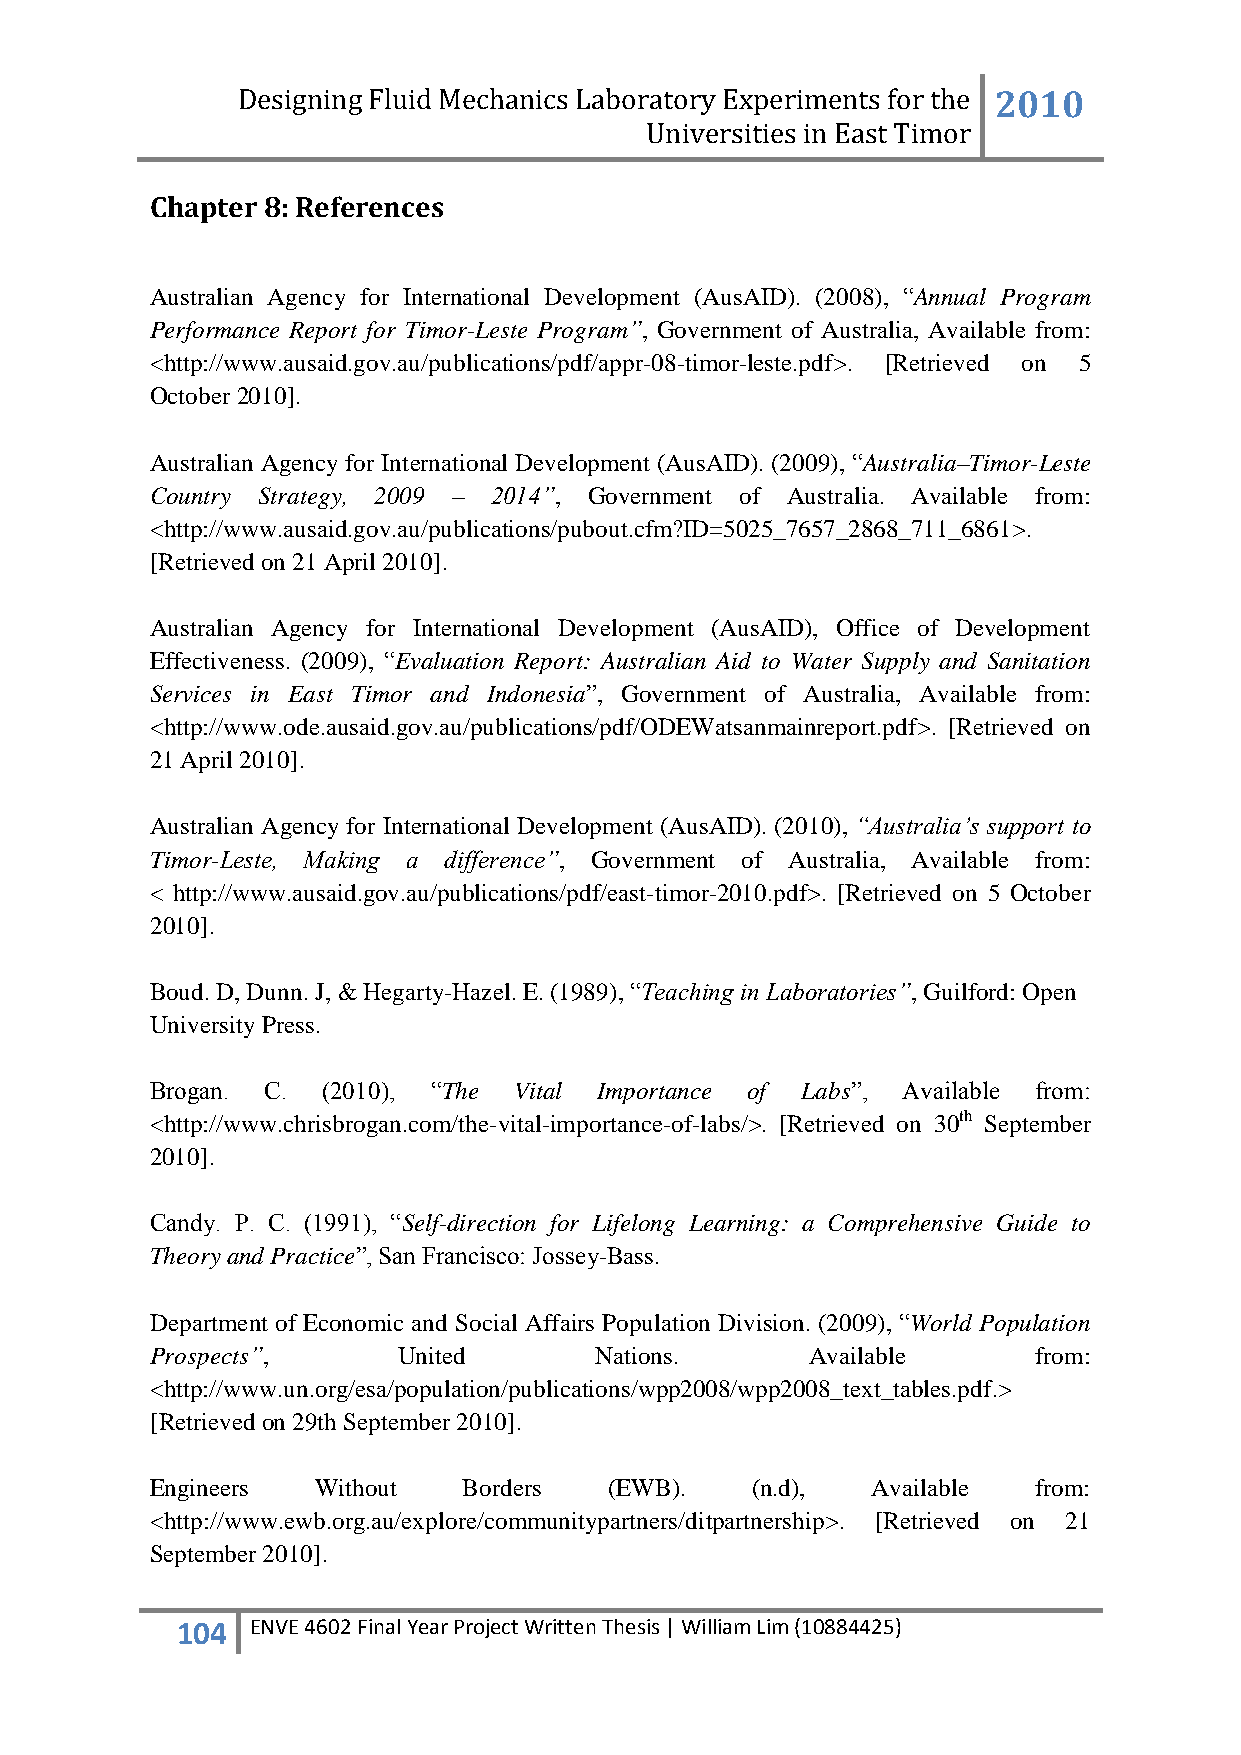
Designing Fluid Mechanics Laboratory Experiments for the 2010
 Universities in East Timor
 Chapter 8: References
 Australian Agency for International Development (AusAID). (2008), “Annual Program
 Performance Report for Timor-Leste Program”, Government of Australia, Available from:
 <http://www.ausaid.gov.au/publications/pdf/appr-08-timor-leste.pdf>. [Retrieved on 5
 October 2010].
 Australian Agency for International Development (AusAID). (2009), “Australia–Timor-Leste
 Country Strategy, 2009 – 2014”, Government of Australia. Available from:
 <http://www.ausaid.gov.au/publications/pubout.cfm?ID=5025_7657_2868_711_6861>.
 [Retrieved on 21 April 2010].
 Australian Agency for International Development (AusAID), Office of Development
 Effectiveness. (2009), “Evaluation Report: Australian Aid to Water Supply and Sanitation
 Services in East Timor and Indonesia”, Government of Australia, Available from:
 <http://www.ode.ausaid.gov.au/publications/pdf/ODEWatsanmainreport.pdf>. [Retrieved on
 21 April 2010].
 Australian Agency for International Development (AusAID). (2010), “Australia’s support to
 Timor-Leste, Making a difference”, Government of Australia, Available from:
 < http://www.ausaid.gov.au/publications/pdf/east-timor-2010.pdf>. [Retrieved on 5 October
 2010].
 Boud. D, Dunn. J, & Hegarty-Hazel. E. (1989), “Teaching in Laboratories”, Guilford: Open
 University Press.
 Brogan. C. (2010), “The Vital Importance of Labs”, Available from:
 <http://www.chrisbrogan.com/the-vital-importance-of-labs/>. [Retrieved on 30th September
 2010].
 Candy. P. C. (1991), “Self-direction for Lifelong Learning: a Comprehensive Guide to
 Theory and Practice”, San Francisco: Jossey-Bass.
 Department of Economic and Social Affairs Population Division. (2009), “World Population
 Prospects”,     United       Nations.       Available      from:
 <http://www.un.org/esa/population/publications/wpp2008/wpp2008_text_tables.pdf.>
 [Retrieved on 29th September 2010].
 Engineers  Without   Borders  (EWB).    (n.d),  Available from:
 <http://www.ewb.org.au/explore/communitypartners/ditpartnership>. [Retrieved on 21
 September 2010].
 104  ENVE 4602 Final Year Project Written Thesis | William Lim (10884425)